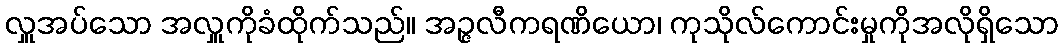
လှူအပ်သော အလှူကိုခံထိုက်သည်။ အဉ္ဇလီကရဏိယော၊ ကုသိုလ်ကောင်းမှုကိုအလိုရှိသော